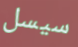
سيسل